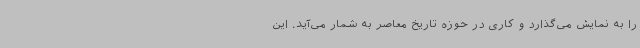
را به نمایش می‌گذارد و کاری در حوزه تاریخ معاصر به شمار می‌آید. این